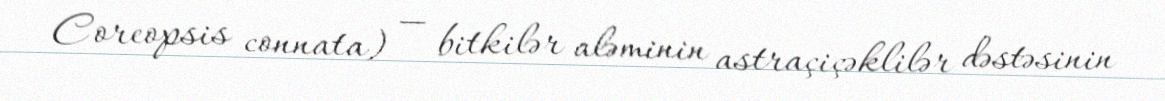
Coreopsis connata) — bitkilər aləminin astraçiçəklilər dəstəsinin